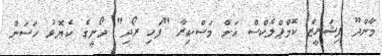
މާންދޫ ފިޝަރީޒް ކޮމްޕްލެކްސް އަށް މަސްކިރާ "ފަހި ރޯދި" ދޯނީގެ ކެޔޮޅު ހަސަން